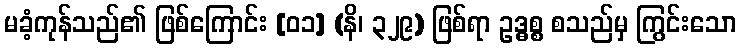
မခံ့ကုန်သည်၏ ဖြစ်ကြောင်း [၀၁] (နိ၊ ၃၂၉) ဖြစ်ရာ ဥဒ္ဓစ္စ စသည်မှ ကြွင်းသော